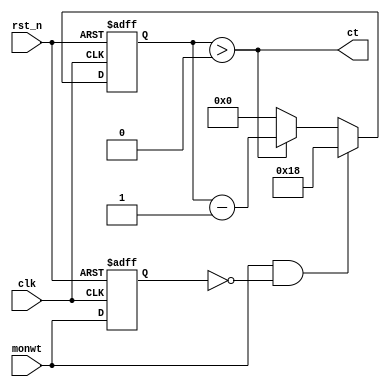
// This program was cloned from: https://github.com/thewonderidiot/cmod_agc
// License: MIT License

`timescale 1ns / 1ps
`default_nettype none

module clear_timer(
    input wire clk,
    input wire rst_n,
    input wire monwt,
    output wire ct
);

parameter CT_COUNT = 5'o30;

reg monwt_d;
reg [4:0] ct_count;

assign ct = (ct_count > 5'o0);

always @(posedge clk or negedge rst_n) begin
    if (~rst_n) begin
        monwt_d <= 1'b0;
        ct_count <= 5'o0;
    end else begin
        monwt_d <= monwt;
        if (monwt & ~monwt_d) begin
            ct_count <= CT_COUNT;
        end else begin
            if (ct_count > 5'o0) begin
                ct_count <= ct_count - 5'o1;
            end else begin
                ct_count <= 5'o0;
            end
        end
    end
end

endmodule
`default_nettype wire